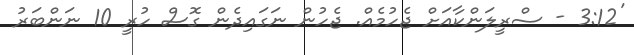
'3:12 - ސްރީލަންކާއަށް ޖެހުމެއް. ޖެހުން ނަގައިދެން ގޮސް ހުރީ 10 ނަންބަރު